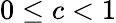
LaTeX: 0\le c<1